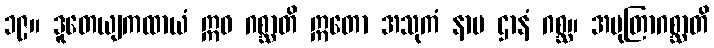
၁၉။ ဒူတေယျကထာယံ ဣဓ ဂစ္ဆာတိ ဣတော အသုကံ နာမ ဌာနံ ဂစ္ဆ။ အမုတြာဂစ္ဆာတိ